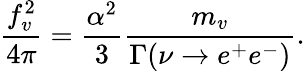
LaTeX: \frac{f_{v}^{2}}{4\pi}=\frac{\alpha^{2}}{3}\frac{m_{v}}{\Gamma(\nu\to e^{+}e^{-})}.